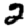
Digit: 2